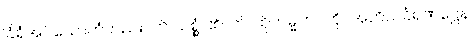
ခြံရံအပ်သောကံတည်း။ ဟိ သစ္စွံ၊ ၏။ တံ၊ ထိုကမ္မဘဝကို။ အဘိသင်္ခရဏဋ္ဌေန၊